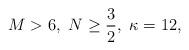
LaTeX: \begin{align*}M>6,~N\geq\frac{3}{2},~\kappa=12,\end{align*}